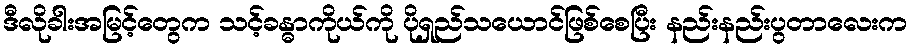
ဒီလိုခါးအမြင့်တွေက သင့်ခန္ဓာကိုယ်ကို ပိုရှည်သယောင်ဖြစ်စေပြီး နည်းနည်းပွတာလေးက